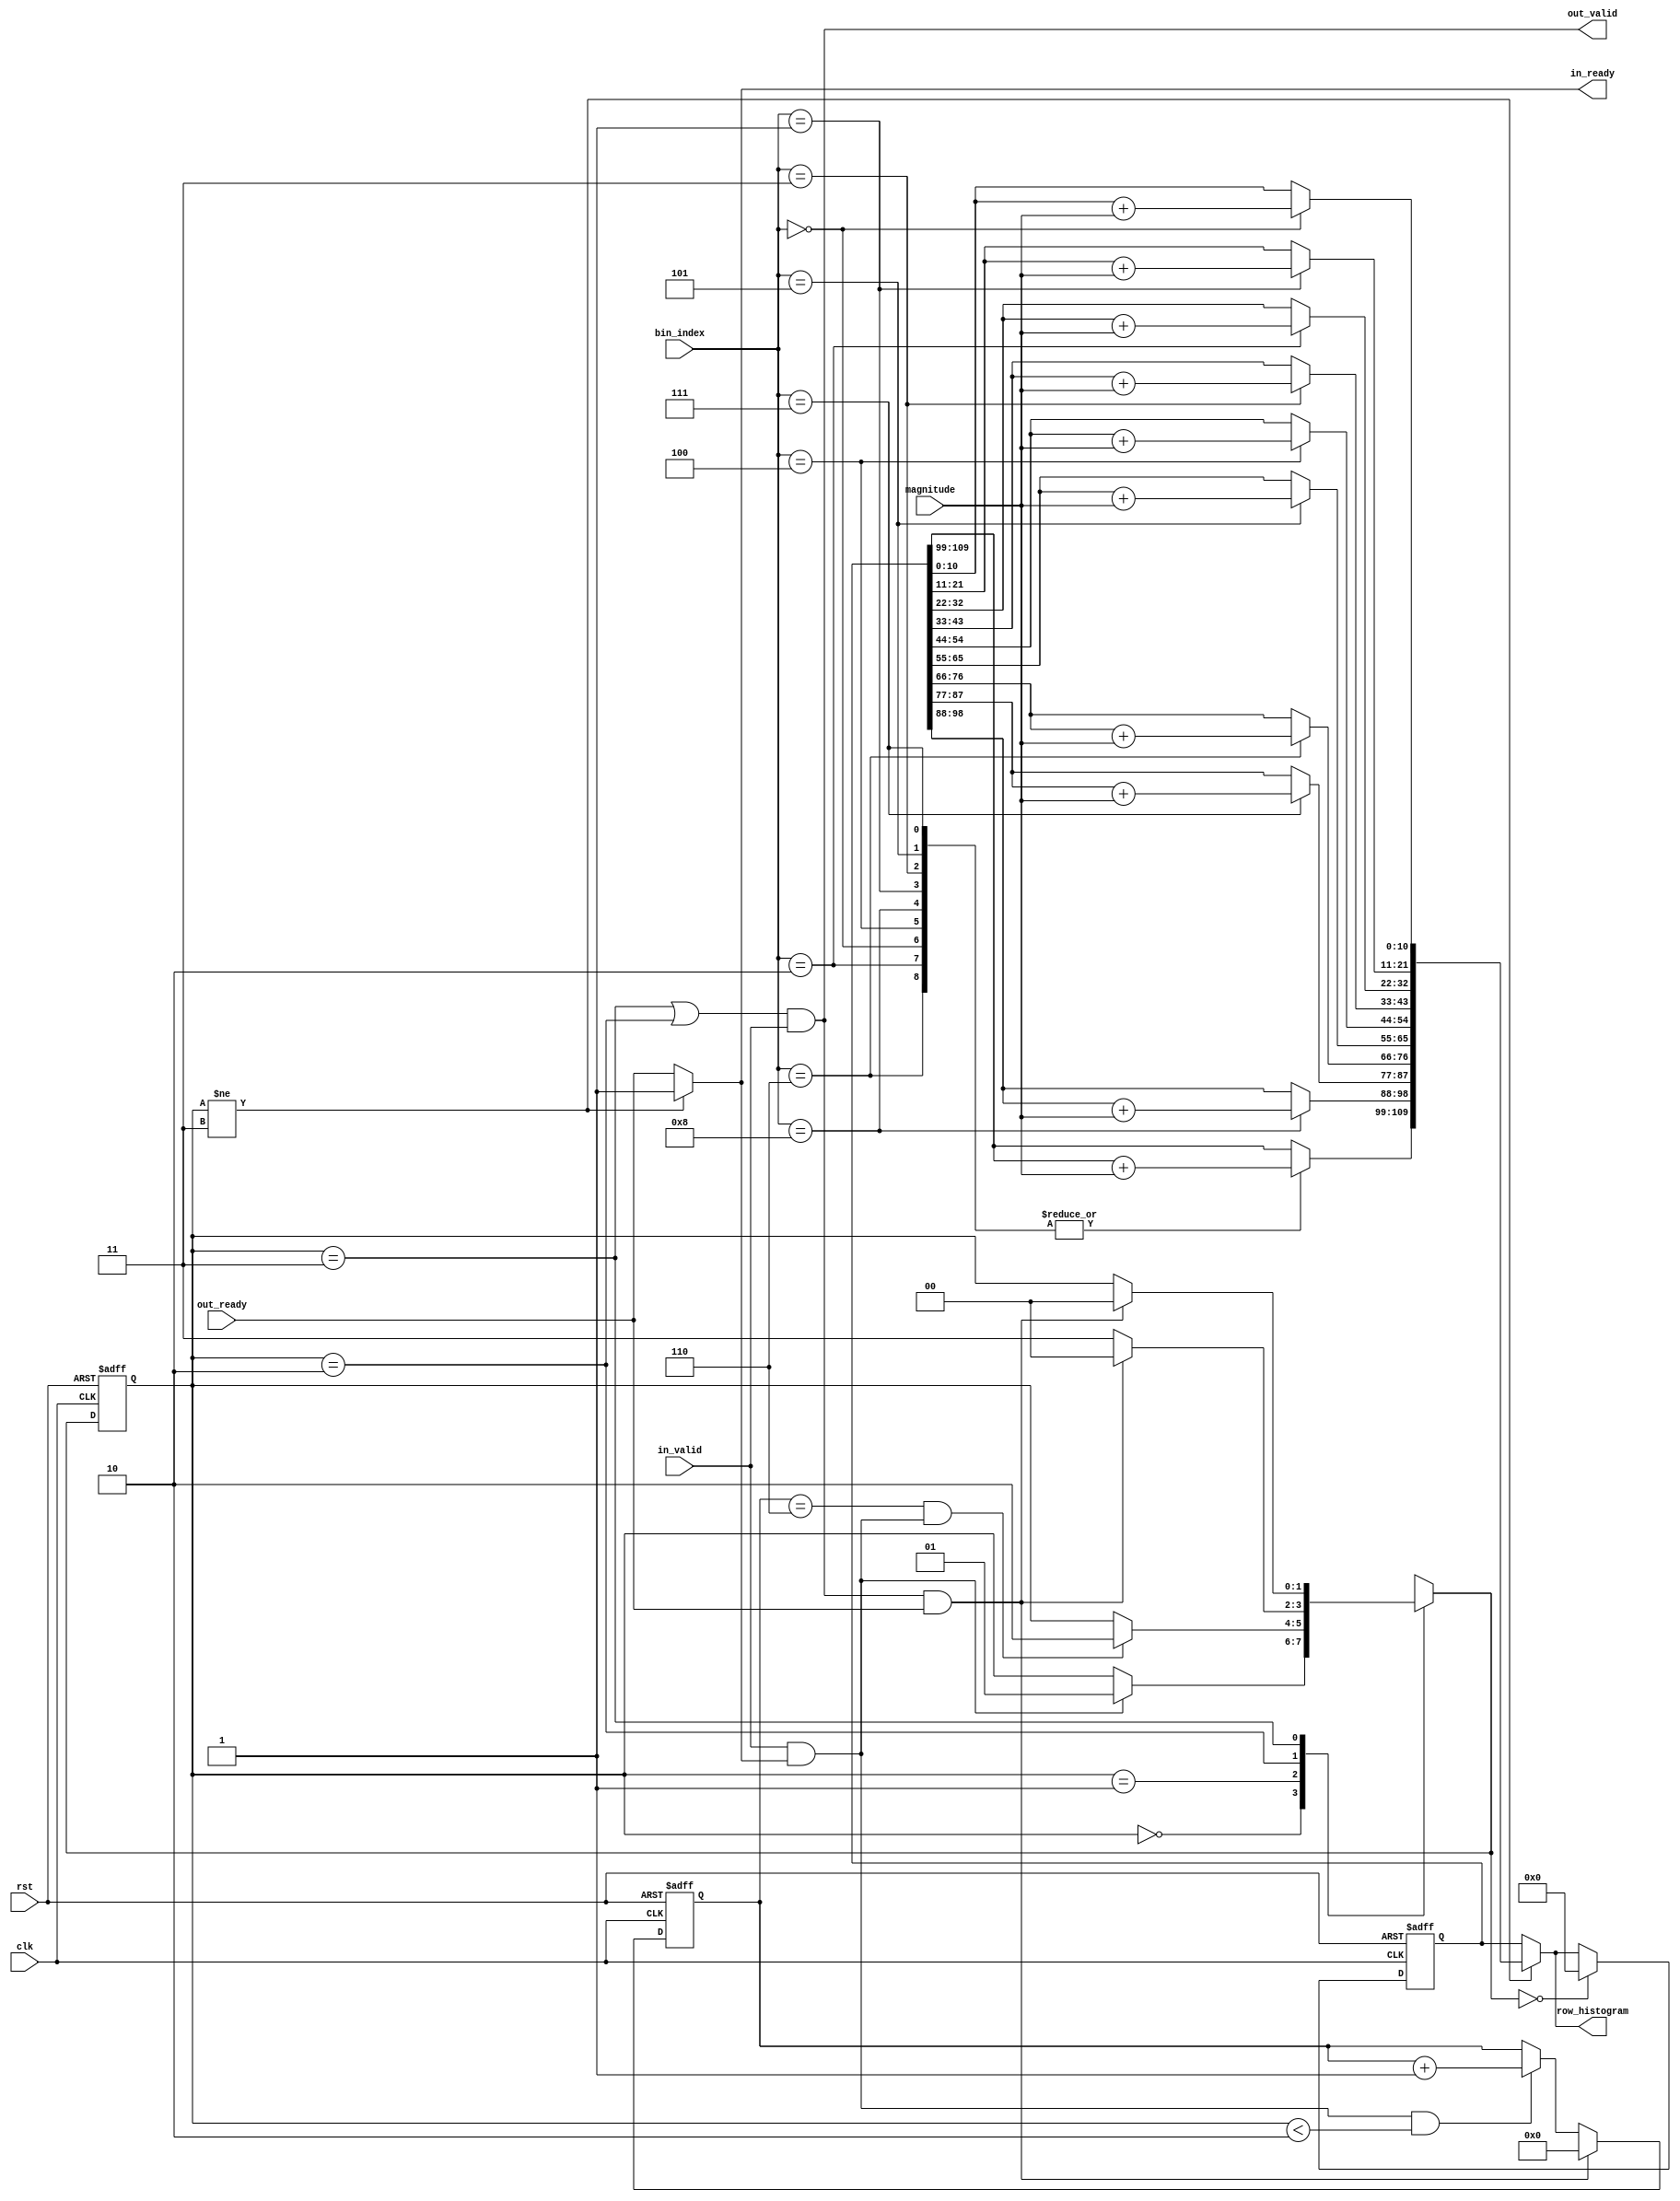
module row_histogram #(
    parameter DATA_WIDTH      = 8, 
    parameter BIN_WIDTH       = 11, 
    parameter BINS            = 10, // 10th bin for the sum of all magnitudes
    parameter HISTOGRAM_WIDTH = BIN_WIDTH * BINS 
) (
    input                            clk, rst, 
    input                            in_valid, out_ready, 
    input [DATA_WIDTH-1:0]           magnitude, 
    input [3:0]                      bin_index, 
    output                           out_valid, in_ready, 
    output [HISTOGRAM_WIDTH-1:0]     row_histogram 
); 

    localparam S_IDLE = 0; 
    localparam S_ACCUM = 1; 
    localparam S_BYPASS = 2;
    localparam S_VALID = 3; 
    reg [1:0] current_state, next_state; 

    reg [HISTOGRAM_WIDTH-1:0] bin_accum; 
    reg [HISTOGRAM_WIDTH-1:0] bin_accum_reg; 
    reg [3:0] bin_cnt; 

    // perform the accumulation combinationally
    // [hardcoded to support 9 bins + the 10th sum bin]
    always @(*) begin 
        bin_accum = bin_accum_reg; // default value;

        // accumulate all bin values into the 10th bin
        bin_accum[9*BIN_WIDTH +: BIN_WIDTH] = 
            bin_accum_reg[9*BIN_WIDTH +: BIN_WIDTH] + magnitude; 

        // I don't know if I could've directly used "bin_index" to slice
        // the accumulator, but it stays like this for now...
        case (bin_index)
            4'd0: begin 
                bin_accum[0*BIN_WIDTH +: BIN_WIDTH] = 
                    bin_accum_reg[0*BIN_WIDTH +: BIN_WIDTH] + magnitude;
            end
            4'd1: begin 
                bin_accum[1*BIN_WIDTH +: BIN_WIDTH] = 
                    bin_accum_reg[1*BIN_WIDTH +: BIN_WIDTH] + magnitude;
            end
            4'd2: begin 
                bin_accum[2*BIN_WIDTH +: BIN_WIDTH] = 
                    bin_accum_reg[2*BIN_WIDTH +: BIN_WIDTH] + magnitude;
            end
            4'd3: begin 
                bin_accum[3*BIN_WIDTH +: BIN_WIDTH] = 
                    bin_accum_reg[3*BIN_WIDTH +: BIN_WIDTH] + magnitude;
            end
            4'd4: begin 
                bin_accum[4*BIN_WIDTH +: BIN_WIDTH] = 
                    bin_accum_reg[4*BIN_WIDTH +: BIN_WIDTH] + magnitude;
            end
            4'd5: begin 
                bin_accum[5*BIN_WIDTH +: BIN_WIDTH] = 
                    bin_accum_reg[5*BIN_WIDTH +: BIN_WIDTH] + magnitude;
            end
            4'd6: begin 
                bin_accum[6*BIN_WIDTH +: BIN_WIDTH] = 
                    bin_accum_reg[6*BIN_WIDTH +: BIN_WIDTH] + magnitude;
            end
            4'd7: begin 
                bin_accum[7*BIN_WIDTH +: BIN_WIDTH] = 
                    bin_accum_reg[7*BIN_WIDTH +: BIN_WIDTH] + magnitude;
            end
            4'd8: begin 
                bin_accum[8*BIN_WIDTH +: BIN_WIDTH] = 
                    bin_accum_reg[8*BIN_WIDTH +: BIN_WIDTH] + magnitude;
            end
            default: begin 
                bin_accum = bin_accum_reg; 
            end
        endcase
    end

    // register the accumalator values, except the last one which is output directly.
    always @(posedge clk, posedge rst) begin 
        if (rst) begin 
            bin_accum_reg <= 0; 
        end
        else if (next_state == S_IDLE) begin 
            bin_accum_reg <= 0; 
        end
        else if (current_state != S_VALID) begin 
            bin_accum_reg <= bin_accum; 
        end
    end

    assign row_histogram = (current_state != S_VALID)? bin_accum: bin_accum_reg; 

    always @(*) begin 
        next_state = current_state;
        case (current_state)
            S_IDLE: begin 
                if (in_valid && in_ready) begin 
                    next_state = S_ACCUM; 
                end
            end
            S_ACCUM: begin 
                if (bin_cnt == 4'd6 && (in_valid && in_ready)) begin 
                    next_state = S_BYPASS; 
                end
            end
            S_BYPASS: begin 
                if (out_valid && out_ready) begin 
                    next_state = S_IDLE; 
                end
                else begin 
                    next_state = S_VALID;
                end
            end
            S_VALID: begin 
                if (out_valid && out_ready) begin 
                    next_state = S_IDLE; 
                end
            end
        endcase
    end

    always @(posedge clk, posedge rst) begin 
        if (rst) begin 
            current_state <= S_IDLE; 
        end
        else begin 
            current_state <= next_state; 
        end
    end

    assign out_valid = (current_state == S_VALID || current_state == S_BYPASS) && in_valid; 
    // assign in_ready = (current_state == S_VALID)? out_ready : 1'b1;
    assign in_ready = (current_state != S_VALID)? 1'b1 : out_ready;

    always @(posedge clk, posedge rst) begin 
        if (rst) begin 
            bin_cnt <= 4'd0; 
        end
        else if (out_valid && out_ready) begin 
            bin_cnt <= 4'd0; 
        end
        else if (in_valid && in_ready && current_state < S_BYPASS) begin 
            bin_cnt <= bin_cnt + 4'd1; 
        end
    end

endmodule